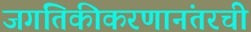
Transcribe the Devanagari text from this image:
जगतिकीकरणानंतरची